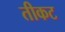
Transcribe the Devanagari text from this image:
तीकट